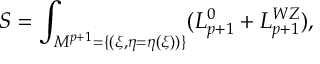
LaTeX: S = \int _ { { \cal M } ^ { p + 1 } = \{ ( \xi , \eta = \eta ( \xi ) ) \} } ( { \cal L } _ { p + 1 } ^ { 0 } + { \cal L } _ { p + 1 } ^ { W Z } ) ,